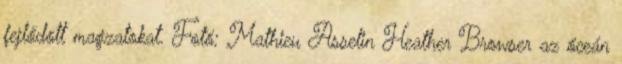
fejlődött magzatokat. Fotó: Mathieu Asselin Heather Browser az óceán